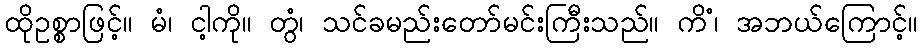
ထိုဥစ္စာဖြင့်။ မံ၊ ငါ့ကို။ တွံ၊ သင်ခမည်းတော်မင်းကြီးသည်။ ကိံ၊ အဘယ်ကြောင့်။